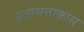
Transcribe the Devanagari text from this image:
प्रजासत्ताकास